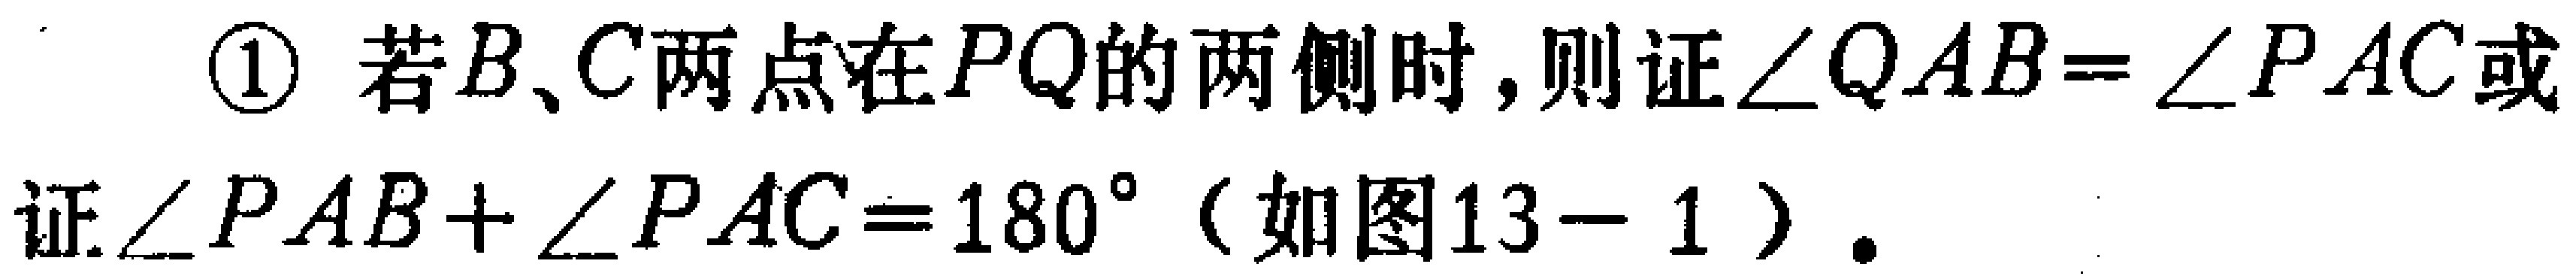
\textcircled{1} 若\(B、C\)两点在\(PQ\)的两侧时，则证\(\angle QAB = \angle PAC\)或证\(\angle PAB+\angle PAC = 180^{\circ}\)（如图13 - 1）.